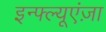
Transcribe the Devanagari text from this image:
इन्फ्ल्यूएंज़ा